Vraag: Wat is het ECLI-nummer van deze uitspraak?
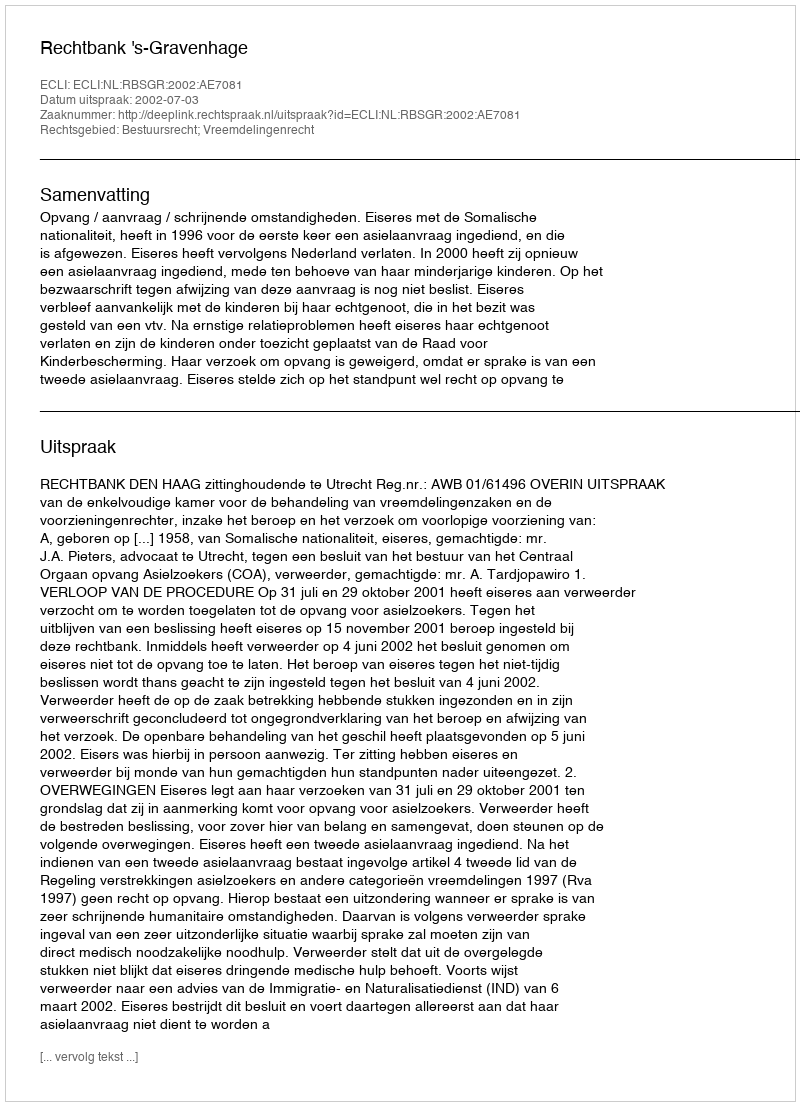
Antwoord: ECLI:NL:RBSGR:2002:AE7081